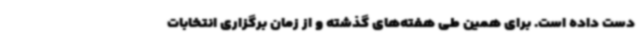
دست داده است. برای همین طی هفته‌های گذشته و از زمان برگزاری انتخابات